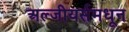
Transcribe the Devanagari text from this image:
अल्जीयर्समधून